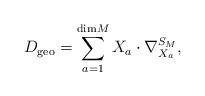
LaTeX: \begin{align*}D_{\mathrm{geo}} = \sum_{a=1}^{\mathrm{dim}M} X_{a} \cdot \nabla^{S_{M}}_{X_{a}},\end{align*}